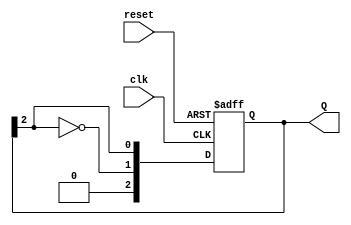
module JohnsonCounter #(
    parameter N = 3  // Parameter to define the number of bits
)(
    input wire clk,          // Clock input
    input wire reset,        // Asynchronous reset
    output reg [N-1:0] Q     // Counter output
);

    // Always block triggered on the rising edge of the clock or the reset signal
    always @(posedge clk or posedge reset) begin
        if (reset) begin
            Q <= {N{1'b0}};  // Reset all flip-flops to 0
        end else begin
            // Shift the state and feed back the inverted last bit
            Q <= {~Q[N-1], Q[N-1:N-1]}; // Shift left and feed back inverted last bit
        end
    end

endmodule